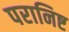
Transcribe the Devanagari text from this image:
परानिष्ट